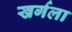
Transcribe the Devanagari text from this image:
खर्गला